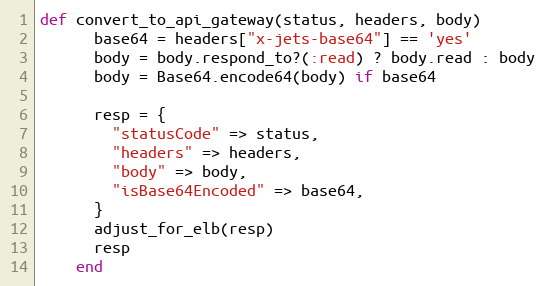
Language: Ruby
def convert_to_api_gateway(status, headers, body)
      base64 = headers["x-jets-base64"] == 'yes'
      body = body.respond_to?(:read) ? body.read : body
      body = Base64.encode64(body) if base64

      resp = {
        "statusCode" => status,
        "headers" => headers,
        "body" => body,
        "isBase64Encoded" => base64,
      }
      adjust_for_elb(resp)
      resp
    end